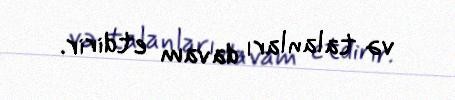
və talanları davam etdirir.